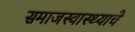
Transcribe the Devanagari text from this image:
समाजस्वास्थ्याचे